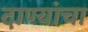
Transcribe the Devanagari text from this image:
दाण्यांचा